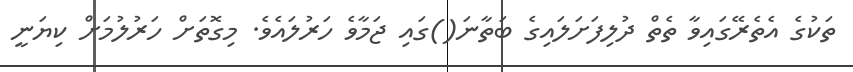
ތަކުގެ އެތެރޭގައިވާ ތެތް ދުލިފަށަލައިގެ ބަތާނަ()ގައި ޖަމާވެ ހަރުލައެވެ. މިގޮތަށް ހަރުލުމަށް ކިޔަނީ